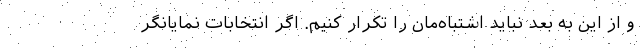
و از این به بعد نباید اشتباه‌مان را تکرار کنیم. اگر انتخابات نمایانگر